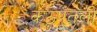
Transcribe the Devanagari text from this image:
कठपूतली